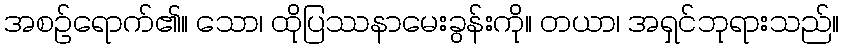
အစဉ်ရောက်၏။ သော၊ ထိုပြဿနာမေးခွန်းကို။ တယာ၊ အရှင်ဘုရားသည်။